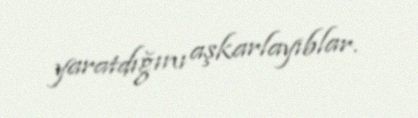
yaratdığını aşkarlayıblar.